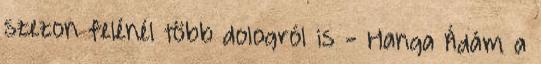
szezon felénél több dologról is - Hanga Ádám a